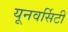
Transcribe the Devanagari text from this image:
यूनवर्सिटी